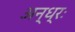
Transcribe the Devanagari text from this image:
अन्ध्रः